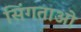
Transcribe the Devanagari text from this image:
सिंगताओ